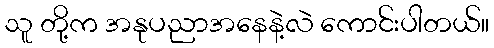
သူ တို့က အနုပညာအနေနဲ့လဲ ကောင်းပါတယ်။